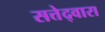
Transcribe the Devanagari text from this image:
सत्तेद्वारा